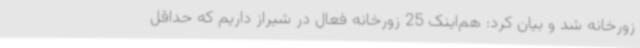
زورخانه شد و بیان کرد: هم‌اینک 25 زورخانه فعال در شیراز داریم که حداقل